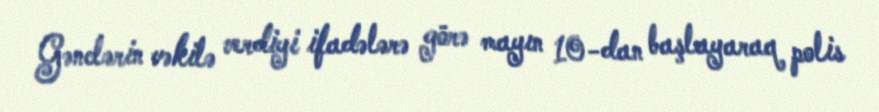
Gənclərin vəkilə verdiyi ifadələrə görə mayın 10-dan başlayaraq polis